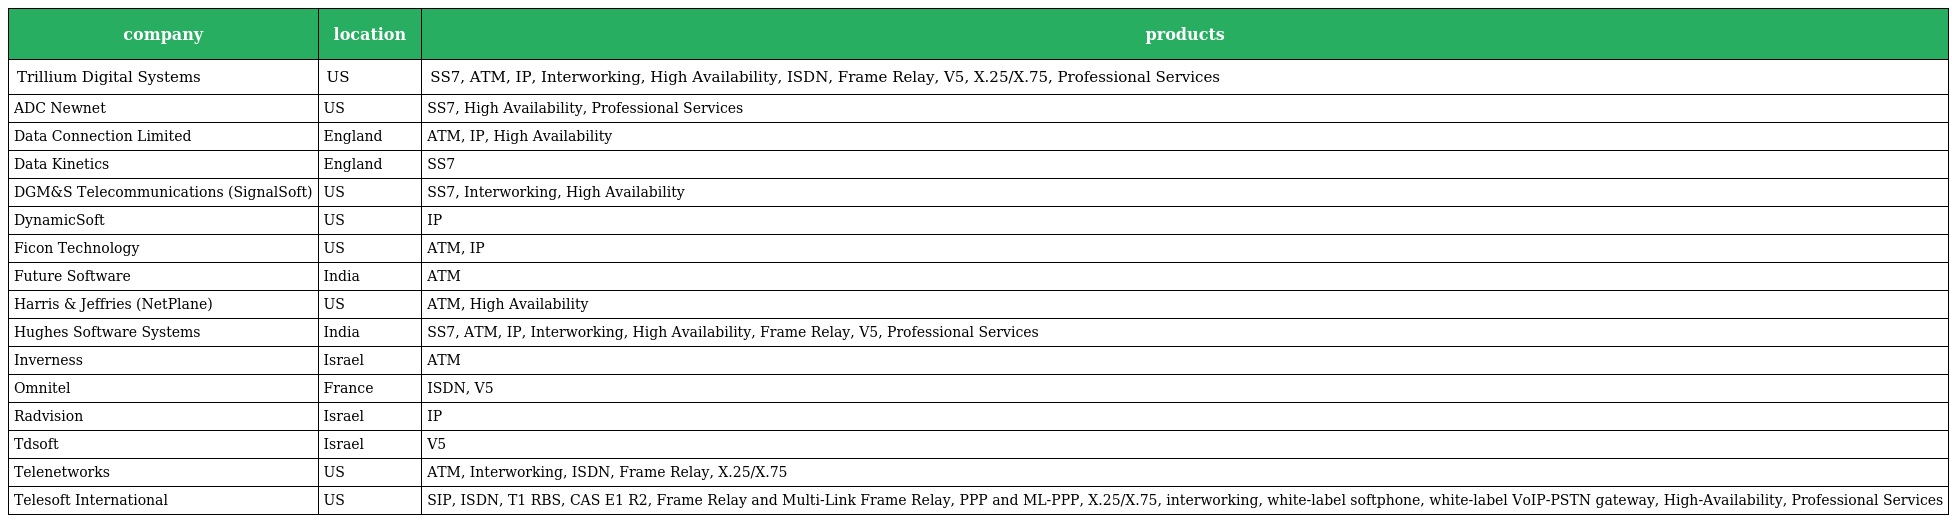
| company | location | products |
 | --- | --- | --- |
 | Trillium Digital Systems | US | SS7, ATM, IP, Interworking, High Availability, ISDN, Frame Relay, V5, X.25/X.75, Professional Services |
 | ADC Newnet | US | SS7, High Availability, Professional Services |
 | Data Connection Limited | England | ATM, IP, High Availability |
 | Data Kinetics | England | SS7 |
 | DGM&S Telecommunications (SignalSoft) | US | SS7, Interworking, High Availability |
 | DynamicSoft | US | IP |
 | Ficon Technology | US | ATM, IP |
 | Future Software | India | ATM |
 | Harris & Jeffries (NetPlane) | US | ATM, High Availability |
 | Hughes Software Systems | India | SS7, ATM, IP, Interworking, High Availability, Frame Relay, V5, Professional Services |
 | Inverness | Israel | ATM |
 | Omnitel | France | ISDN, V5 |
 | Radvision | Israel | IP |
 | Tdsoft | Israel | V5 |
 | Telenetworks | US | ATM, Interworking, ISDN, Frame Relay, X.25/X.75 |
 | Telesoft International | US | SIP, ISDN, T1 RBS, CAS E1 R2, Frame Relay and Multi-Link Frame Relay, PPP and ML-PPP, X.25/X.75, interworking, white-label softphone, white-label VoIP-PSTN gateway, High-Availability, Professional Services |